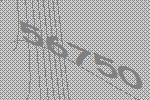
56750